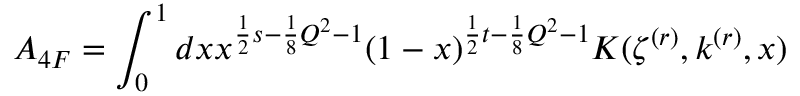
A _ { 4 F } = \int _ { 0 } ^ { 1 } d x x ^ { \frac { 1 } { 2 } s - \frac { 1 } { 8 } Q ^ { 2 } - 1 } ( 1 - x ) ^ { \frac { 1 } { 2 } t - \frac { 1 } { 8 } Q ^ { 2 } - 1 } K ( \zeta ^ { ( r ) } , k ^ { ( r ) } , x )